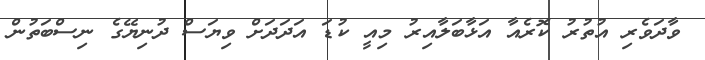
ވާދަވެރި އުތުރު ކޮރެއާ އަޅާބަލާއިރު މިއީ ކުޑަ އަދަދަށް ވިޔަސް ދުނިޔޭގެ ނިސްބަތުން